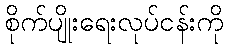
စိုက်ပျိုးရေးလုပ်ငန်းကို